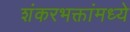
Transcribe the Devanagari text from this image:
शंकरभक्तांमध्ये